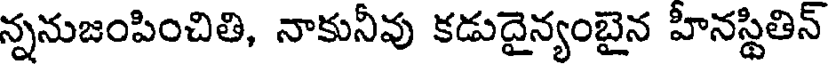
న్ననుజంపించితి, నాకునీవు కడుదైన్యంబైన హీనస్థితిన్